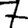
Digit: 7